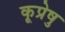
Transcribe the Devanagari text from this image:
कूप्रेषु